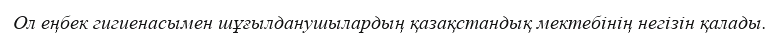
Ол еңбек гигиенасымен шұғылданушылардың қазақстандық мектебінің негізін қалады.